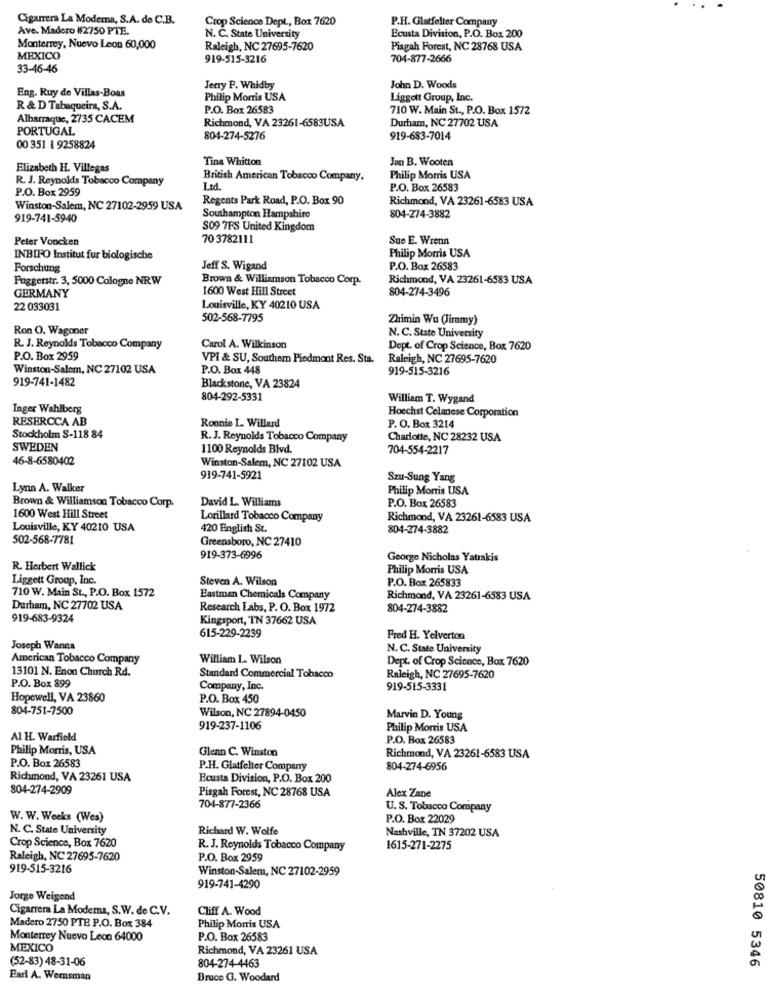
Cigarrera La Modema, S.A. de C.B.
Crop Science Dept ., Box 7620
P.H. Glatfelter Company
Ave. Madero #2750 PTE.
N. C. State University
Ecusta Division, P.O. Box 200
Monterrey, Nuevo Leon 60,000
Raleigh, NC 27695-7620
Pisgah Forest, NC 28768 USA
MEXICO
919-515-3216
704-877-2666
33-46-46
Eng. Ruy de Villas-Boas
Jerry P. Whidby
John D. Woods
Philip Morris USA
Liggott Group, Inc.
R & D Tabaqueira, S.A.
P.O. Box 26583
710 W. Main St ., P.O. Box 1572
Albarraque, 2735 CACEM
Richmond, VA 23261-6583USA
Durham, NC 27702 USA
PORTUGAL
804-274-5276
919-683-7014
00 351 1 9258824
Tina Whitton
Jan B. Wooten
Elizabeth H. Villegas
R. J. Reynolds Tobacco Company
British American Tobacco Company,
Philip Morris USA
P.O. Box 2959
Led.
P.O. Box 26583
Regents Park Road, P.O. Box 90
Richmond, VA 23261-6583 USA
Winston-Salem, NC 27102-2959 USA
919-741-5940
Southampton Hampshire
804-274-3882
S09 7FS United Kingdom
Peter Voncken
70 3782111
Sue E. Wrenn
Philip Morris USA
INBIFO Institut fur biologische
Forschung
Jeff S. Wigand
P.O. Box 26583
Fuggerstr. 3, 5000 Cologne NRW
Brown & Williamson Tobacco Corp.
Richmond, VA 23261-6583 USA
GERMANY
1600 West Hill Street
804-274-3496
22 033031
Louisville, KY 40210 USA
502-568-7795
Zhimin Wu (Jimmy)
Ron O. Wagoner
N. C. State University
R. J. Reynolds Tobacco Company
Carol A. Wilkinson
Dept. of Crop Science, Box 7620
P.O. Box 2959
VPI & SU, Southern Piedmont Res. Sta.
Raleigh, NC 27695-7620
Winston-Salem, NC 27102 USA
P.O. Box 448
919-515-3216
919-741-1482
Blackstone, VA 23824
804-292-5331
William T. Wygand
Inger Wahlberg
RESERCCA AB
Ronnie L. Willard
Hoechst Celanese Corporation
P. O. Box 3214
Stockholm S-118 84
R. J. Reynolds Tobacco Company
Charlotte, NC 28232 USA
SWEDEN
1100 Reynolds Blvd.
704-554-2217
46-8-6580402
Winston-Salem, NC 27102 USA
919-741-5921
Szu-Sung Yang
Lynn A. Walker
Philip Morris USA
David L. Williams
P.O. Box 26583
Brown & Williamson Tobacco Corp.
1600 West Hill Street
Lorillard Tobacco Company
Richmond, VA 23261-6583 USA
Louisville, KY 40210 USA
420 English St.
804-274-3882
502-568-7781
Greensboro, NC 27410
919-373-6996
George Nicholas Yatrakis
R. Herbert Wallick
Philip Morris USA
Liggett Group, Inc.
Steven A. Wilson
P.O. Box 265833
710 W. Main St ., P.O. Box 1572
Eastman Chemicals Company
Richmond, VA 23261-6583 USA
Durham, NC 27702 USA
Research Labs, P. O. Box 1972
804-274-3882
919-683-9324
Kingsport, TN 37662 USA
615-229-2239
Fred H. Yelverton
Joseph Wanna
N. C. State University
American Tobacco Company
William L. Wilson
Dept. of Crop Science, Box 7620
13101 N. Enon Church Rd.
Standard Commercial Tobacco
Raleigh, NC 27695-7620
P.O. Box 899
Company, Inc.
919-515-3331
Hopewell, VA 23860
P.O. Box 450
804-751-7500
Wilson, NC 27894-0450
Marvin D. Young
919-237-1106
Philip Morris USA
Al H. Warfield
P.O. Box 26583
Philip Morris, USA
Glenn C. Winston
P.O. Box 26583
Richmond, VA 23261-6583 USA
P.H. Glatfelter Company
804-274-6956
Richmond, VA 23261 USA
Ecusta Division, P.O. Box 200
804-274-2909
Pisgah Forest, NC 28768 USA
Alex Zane
704-877-2366
U. S. Tobacco Company
W. W. Weeks (Wes)
P.O. Box 22029
N. C. State University
Richard W. Wolfe
Nashville, TN 37202 USA
Crop Science, Box 7620
R. J. Reynolds Tobacco Company
1615-271-2275
Raleigh, NC 27695-7620
P.O. Box 2959
919-515-3216
Winston-Salem, NC 27102-2959
919-741-4290
Jorge Weigend
Cigarrera La Modema, S.W. de C.V.
Cliff A. Wood
Madero 2750 PTE P.O. Box 384
Philip Morris USA
Monterrey Nuevo Leon 64000
P.O. Box 26583
MEXICO
Richmond, VA 23261 USA
(52-83) 48-31-06
50810 5346
804-274-4463
Earl A. Wemsman
Bruce G. Woodard